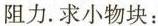
阻力，求小物块：